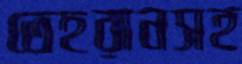
তেহরানসহ